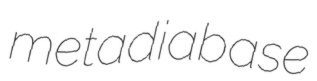
metadiabase